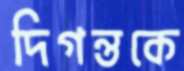
দিগন্তকে